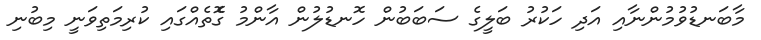
މާބަނޑުވުމުންނާއި އަދި ހަކުރު ބަލީގެ ސަބަބުން ހޮނޑުލުން އާންމު ގޮެތެއްގައި ކުރިމަތިވަނީ މިބުނި